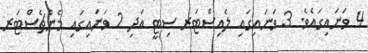
4 ވަނައިގައެވެ. 3 ވަނައިގައި ލެއިސްޓަރ ސިޓީ އަދި 2 ވަނައިގައި މެންޗެސްޓަރ